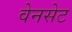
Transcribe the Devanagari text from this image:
वेनसेट